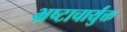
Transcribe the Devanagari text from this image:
भ्रष्टाचार्युक्त